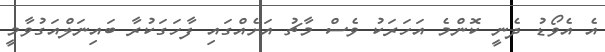
އެ އެވޯޑު ދެނީ ކޮންމެ އަހަރަކު ވެސް މާޗު އަށެއްގައި ފާހަގަކުރާ ބައިނަލްއަގުވާމީ